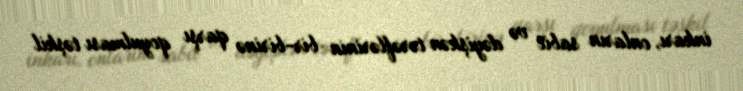
inkarı, onların sabit və dəyişkən tərəflərinin bir-birinə qarşı qoyulması təşkil